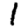
Digit: 1